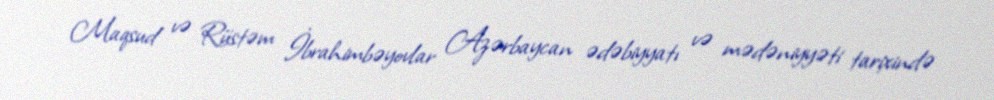
Maqsud və Rüstəm İbrahimbəyovlar Azərbaycan ədəbiyyatı və mədəniyyəti tarixində